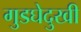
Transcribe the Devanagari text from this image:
गुडघेदुखी